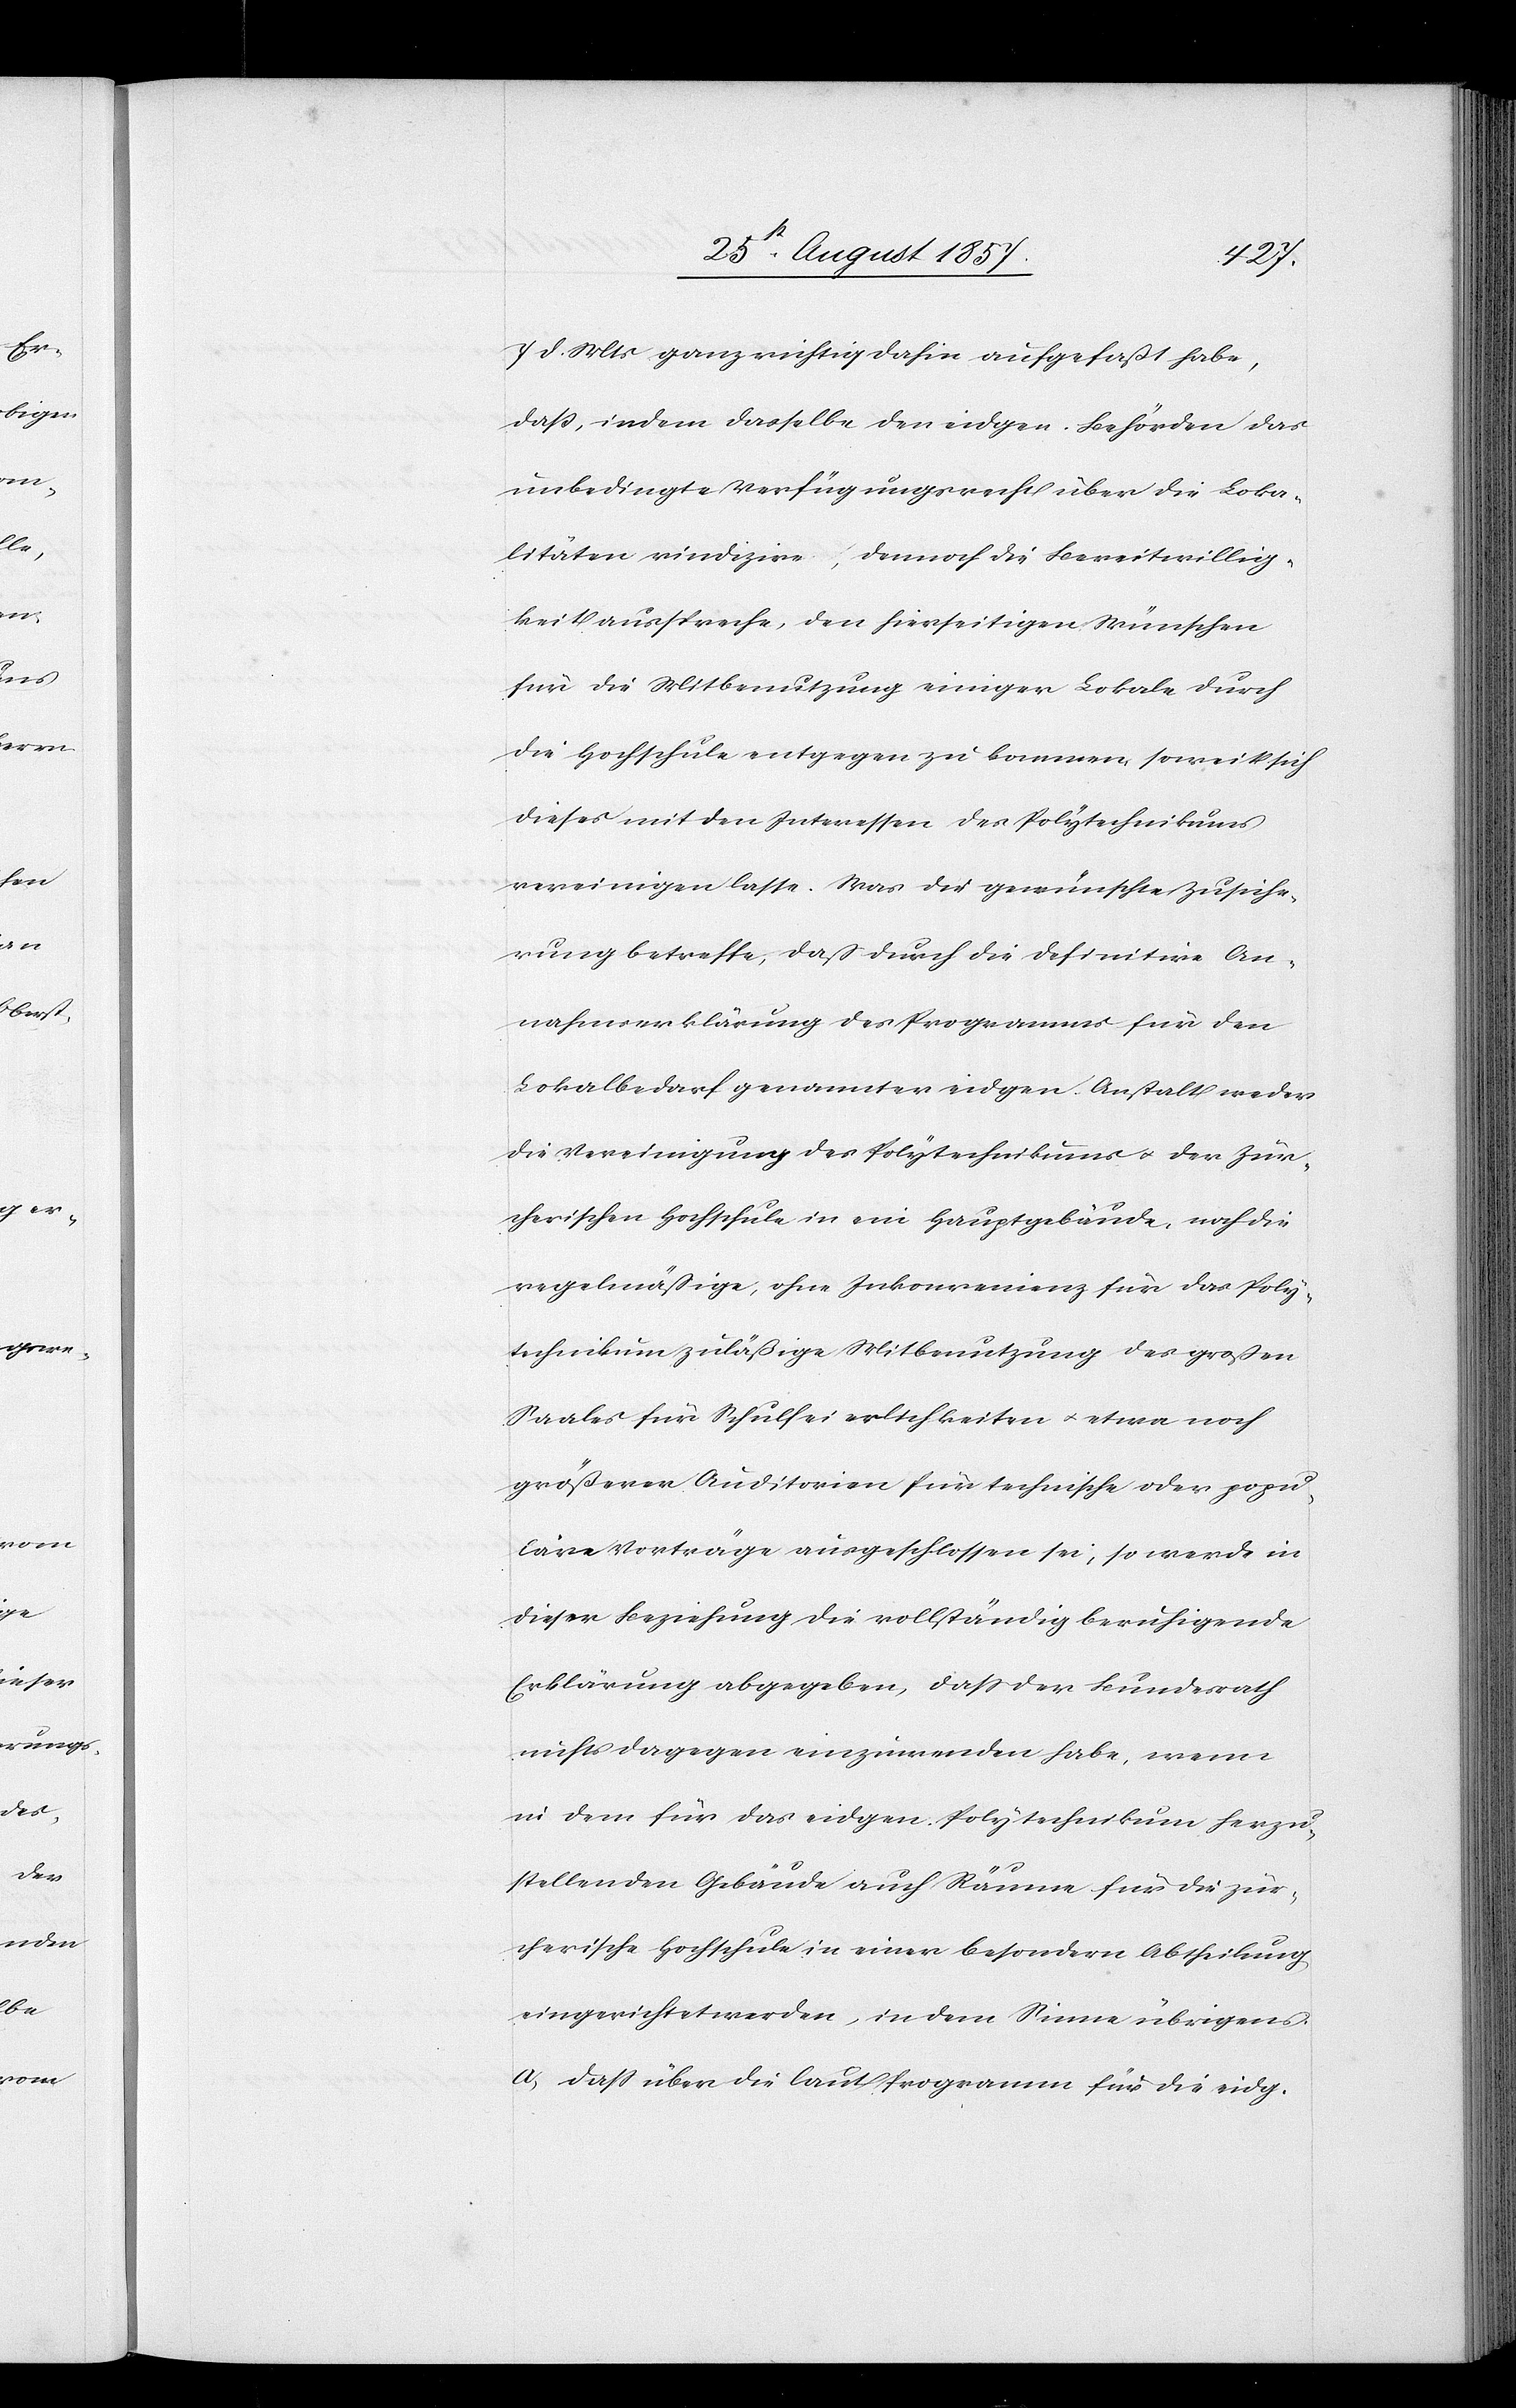
7 d. Mts. ganz richtig dahin aufgefaßt habe,
daß, indem dasselbe den eidgen. Behörden das
unbedingte Verfügungsrecht über die Loka¬
litäten vindizire, dennoch die Bereitwillig¬
keit ausspreche, den hierseitigen Wünschen
für die Mitbenutzung einiger Lokale durch
die Hochschule entgegen zu kommen, soweit sich
dieses mit den Interessen des Polytechnikums
vereinigen lasse. Was die gewünschte Zusiche¬
rung betreffe, daß durch die definitive An¬
nahmeerklärung des Programms für den
Lokalbedarf genannter eidgen. Anstalt weder
die Vereinigung des Polytechnikums & der Zür¬
cherischen Hochschule in ein Hauptgebäude, noch die
regelmäßige, ohne Inkonvenienz für das Poly¬
technikum zuläßige Mitbenutzung des großen
Saales für Schulfeierlichkeiten & etwa noch
größern Auditorien für technische oder popu¬
läre Vorträge ausgeschlossen sei, so werde in
dieser Beziehung die vollständig beruhigende
Erklärung abgegeben, daß der Bundesrath
nichts dagegen einzuräumen habe, wenn
in dem für das eidgen. Polytechnikum herzu¬
stellenden Gebäude auch Räume für die zür¬
cherische Hochschule in einer besondern Abtheilung
eingerichtet werden, in dem Sinne übrigens
a, daß über die laut Programm für die eidg.